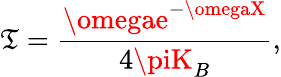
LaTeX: {\cal\mathfrak{T}}=\frac{{\omegae^{-\omegaX}}}{{4\piK_{B}}},